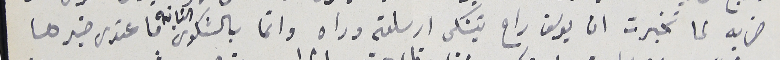
ضربه لما تخبرت ان يوسف راح يتشكى ارسلته وراه وانما بالشكوى الثانية ما عندى خبرها